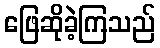
ဖြေဆိုခဲ့ကြသည်